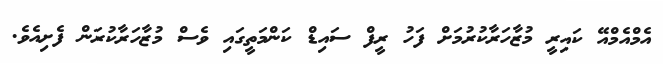
އެމްއެމްއޭ ކައިރީ މުޒާހަރާކުރުމަށް ފަހު ރީފް ސައިޑް ކަންމަތީގައި ވެސް މުޒާހަރާކުރަން ފެށިއެވެ.